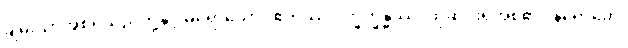
ချမ်းသာအစရှိသည်တို့နှင့် မရောသော။ ဧတဿ ဒုက္ခက္ခန္ဓဿ၊ ထိုဆင်းရဲအစု၏။ နိရောဓော၊